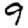
Digit: 9